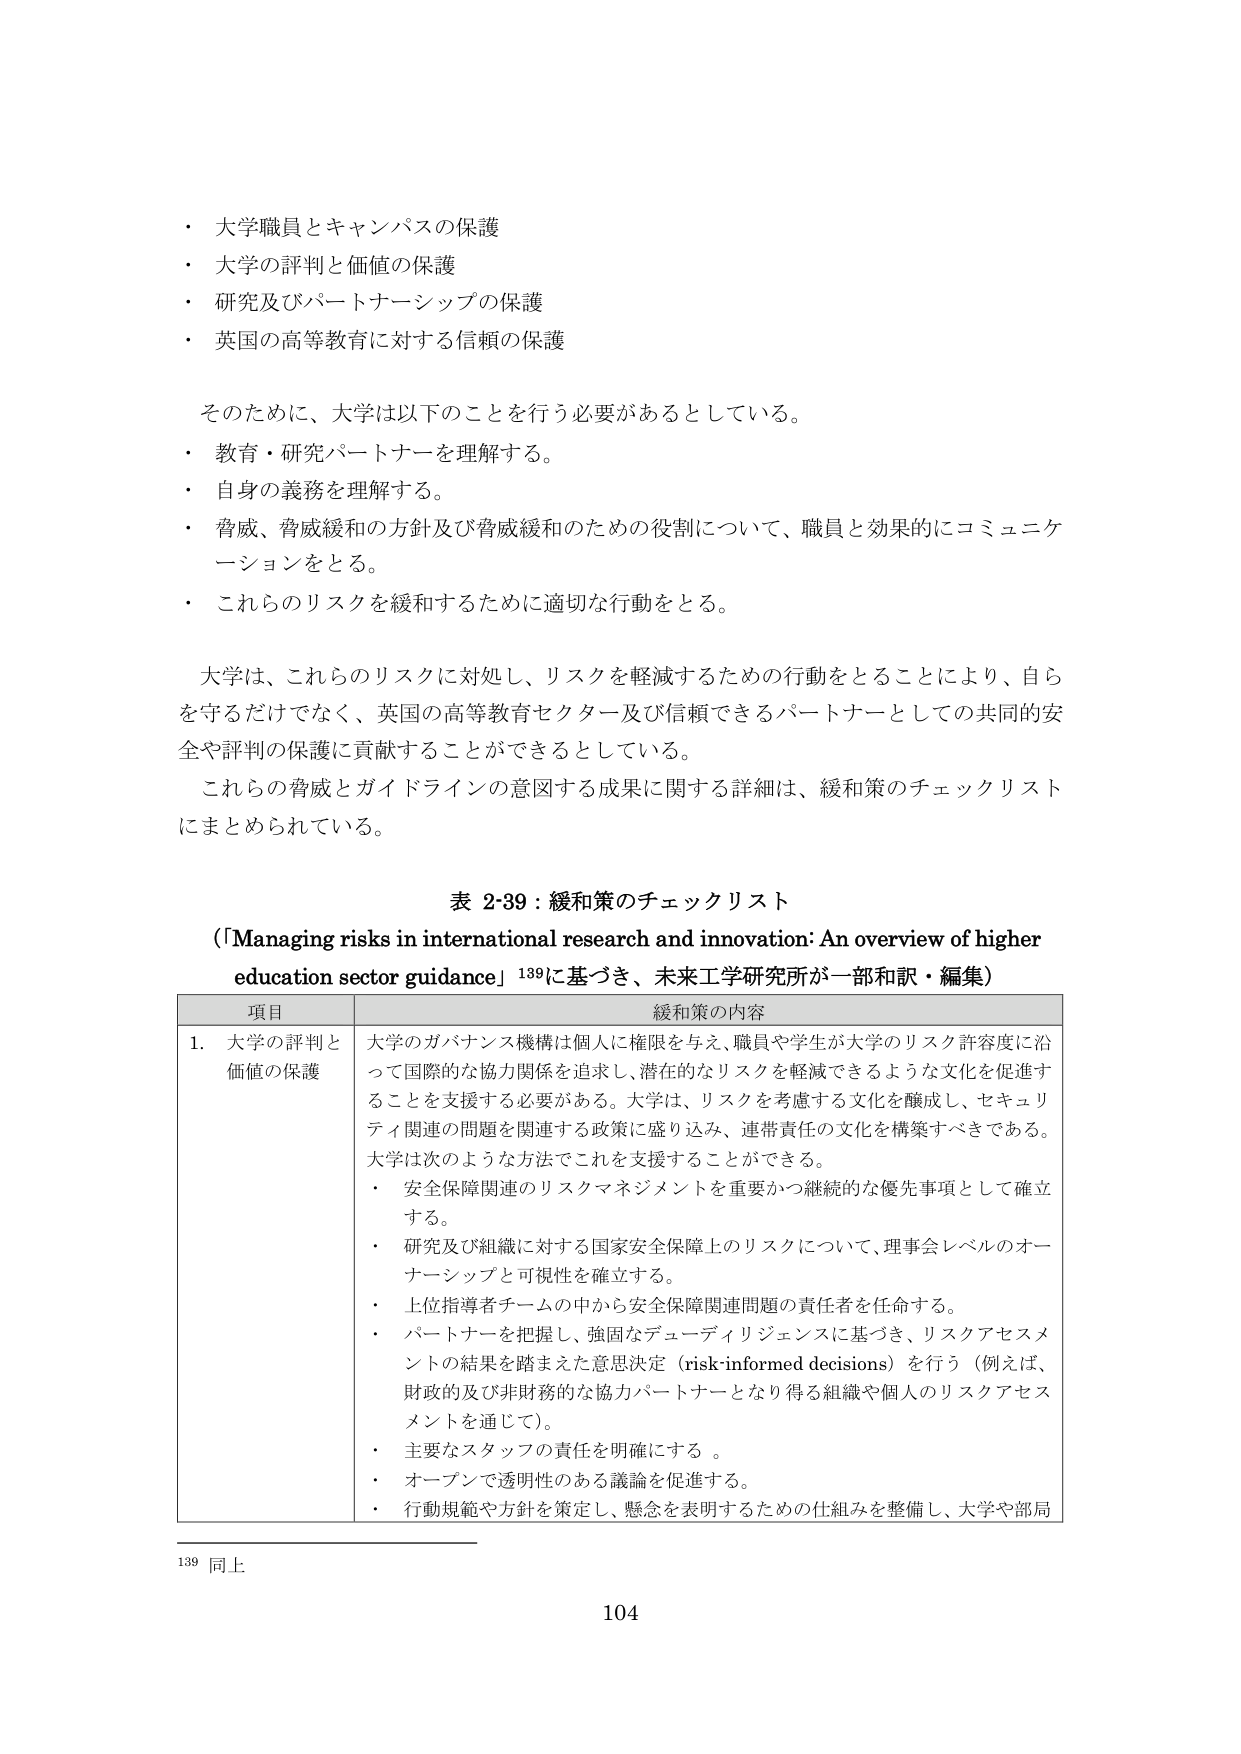
・大学職員とキャンパスの保護
・大学の評判と価値の保護
・研究及びパートナーシップの保護
・英国の高等教育に対する信頼の保護

そのため、大学は以下のことを行う必要があるとしている。
・教育・研究パートナーを理解する。
・自身の義務を理解する。
・脅威、脅威緩和の方針及び脅威緩和のための役割について、職員と効果的にコミュニケーションをとる。
・これらのリスクを緩和するために適切な行動をとる。

大学は、これらのリスクに対処し、リスクを軽減するための行動をとることにより、自らを守るだけでなく、英国の高等教育セクター及び信頼できるパートナーとしての共同的安全や評判の保護に貢献することができるとしている。
これらの脅威とガイドラインの意図する成果に関する詳細は、緩和策のチェックリストにまとめられている。

表 2-39：緩和策のチェックリスト
（「Managing risks in international research and innovation: An overview of higher education sector guidance」139に基づき、未来工学研究所が一部和訳・編集）

| 項目 | 緩和策の内容 |
|------|--------------|
| 1. 大学の評判と価値の保護 | 大学のガバナンス機構は個人に権限を与え、職員や学生が大学のリスク許容度に沿って国際的な協力関係を追求し、潜在的なリスクを軽減できるような文化を促進することを支援する必要がある。大学は、リスクを考慮する文化を醸成し、セキュリティ関連の問題を関連する政策に盛り込み、連帯責任の文化を構築すべきである。大学は次のような方法でこれを支援することができる。<br>・安全保障関連のリスクマネジメントを重要かつ継続的な優先事項として確立する。<br>・研究及び組織に対する国家安全保障上のリスクについて、理事会レベルのオーナーシップと可視性を確立する。<br>・上位指導者チームの中から安全保障関連問題の責任者を任命する。<br>・パートナーを把握し、強固なデューディリジェンスに基づき、リスクアセスメントの結果を踏まえた意思決定（risk-informed decisions）を行う（例えば、財政的及び非財務的な協力パートナーとなり得る組織や個人のリスクアセスメントを通じて）。<br>・主要なスタッフの責任を明確にする。<br>・オープンで透明性のある議論を促進する。<br>・行動規範や方針を策定し、懸念を表明するための仕組みを整備し、大学や部局 |

139 同上
104